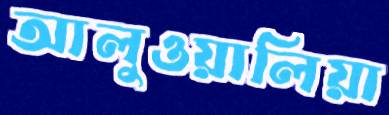
আলুওয়ালিয়া